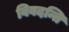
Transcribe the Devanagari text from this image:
विवदन्ति